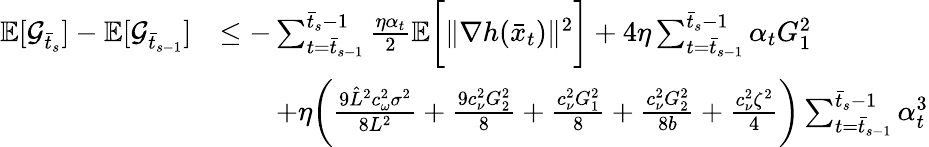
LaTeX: \begin{array}{rl}{\mathbb{E}[\mathcal{G}_{\bar{t}_{s}}]-\mathbb{E}[\mathcal{G}_{\bar{t}_{s-1}}]}&{\leq-\sum_{t=\bar{t}_{s-1}}^{\bar{t}_{s}-1}\frac{\eta\alpha_{t}}{2}\mathbb{E}\bigg[\| \nabla h(\bar{x}_{t})\| ^{2}\bigg]+4\eta\sum_{t=\bar{t}_{s-1}}^{\bar{t}_{s}-1}\alpha_{t}G_{1}^{2}}\\ &{\qquad+\eta\bigg(\frac{9\hat{L}^{2}c_{\omega}^{2}\sigma^{2}}{8L^{2}}+\frac{9c_{\nu}^{2}G_{2}^{2}}{8}+\frac{c_{\nu}^{2}G_{1}^{2}}{8}+\frac{c_{\nu}^{2}G_{2}^{2}}{8b}+\frac{c_{\nu}^{2}\zeta^{2}}{4}\bigg)\sum_{t=\bar{t}_{s-1}}^{\bar{t}_{s}-1}\alpha_{t}^{3}}\end{array}